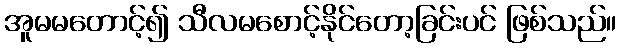
အူမမတောင့်၍ သီလမစောင့်နိုင်တော့ခြင်းပင် ဖြစ်သည်။